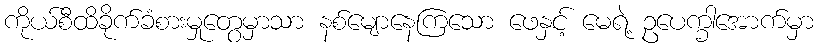
ကိုယ်စီထိခိုက်ခံစားမှုတွေမှာသာ နစ်မျောနေကြသော ဖေနှင့် မေရဲ့ ဥပေက္ခါအောက်မှာ